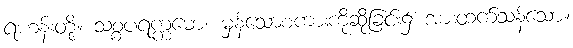
ရဟန်းတို့။ သစ္စပရက္ကမော၊ မှန်သောစကားကိုဆိုခြင်း၌ အားထက်သန်သော။